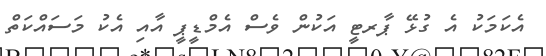
އެކަމަކު އެ ގުޅޭ ޕާރޓީ އަކުން ވެސް އެމްޑީޕީ އާއި އެކު މަސައްކަތް